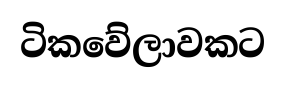
ටිකවේලාවකට